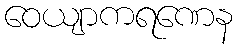
ဝေယျာကရဏေန